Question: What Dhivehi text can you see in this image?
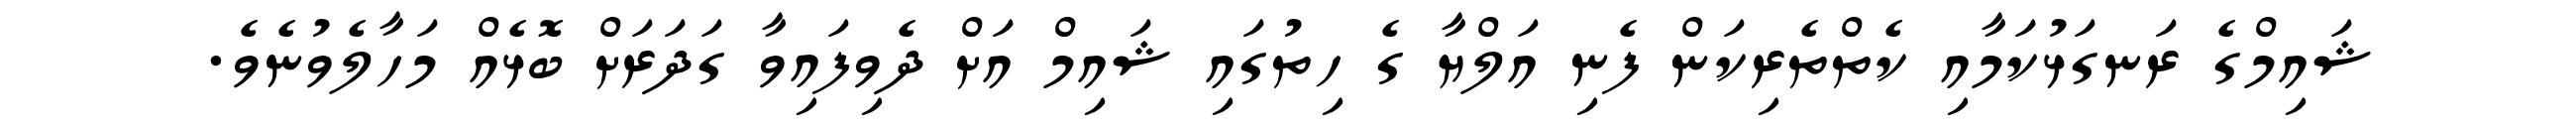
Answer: ޝައިމްގެ ރަނގަޅުކަމާއި ކެތްތެރިކަން ފެނި އަލްޔާ ގެ ހިތުގައި ޝައިމް އަށް ދެވިފައިވާ ގަދަރަށް ބޮޅެއް މަހާލެވުނެވެ.